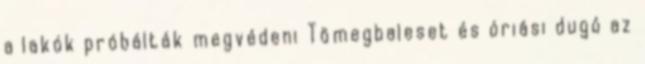
a lakók próbálták megvédeni Tömegbaleset és óriási dugó az